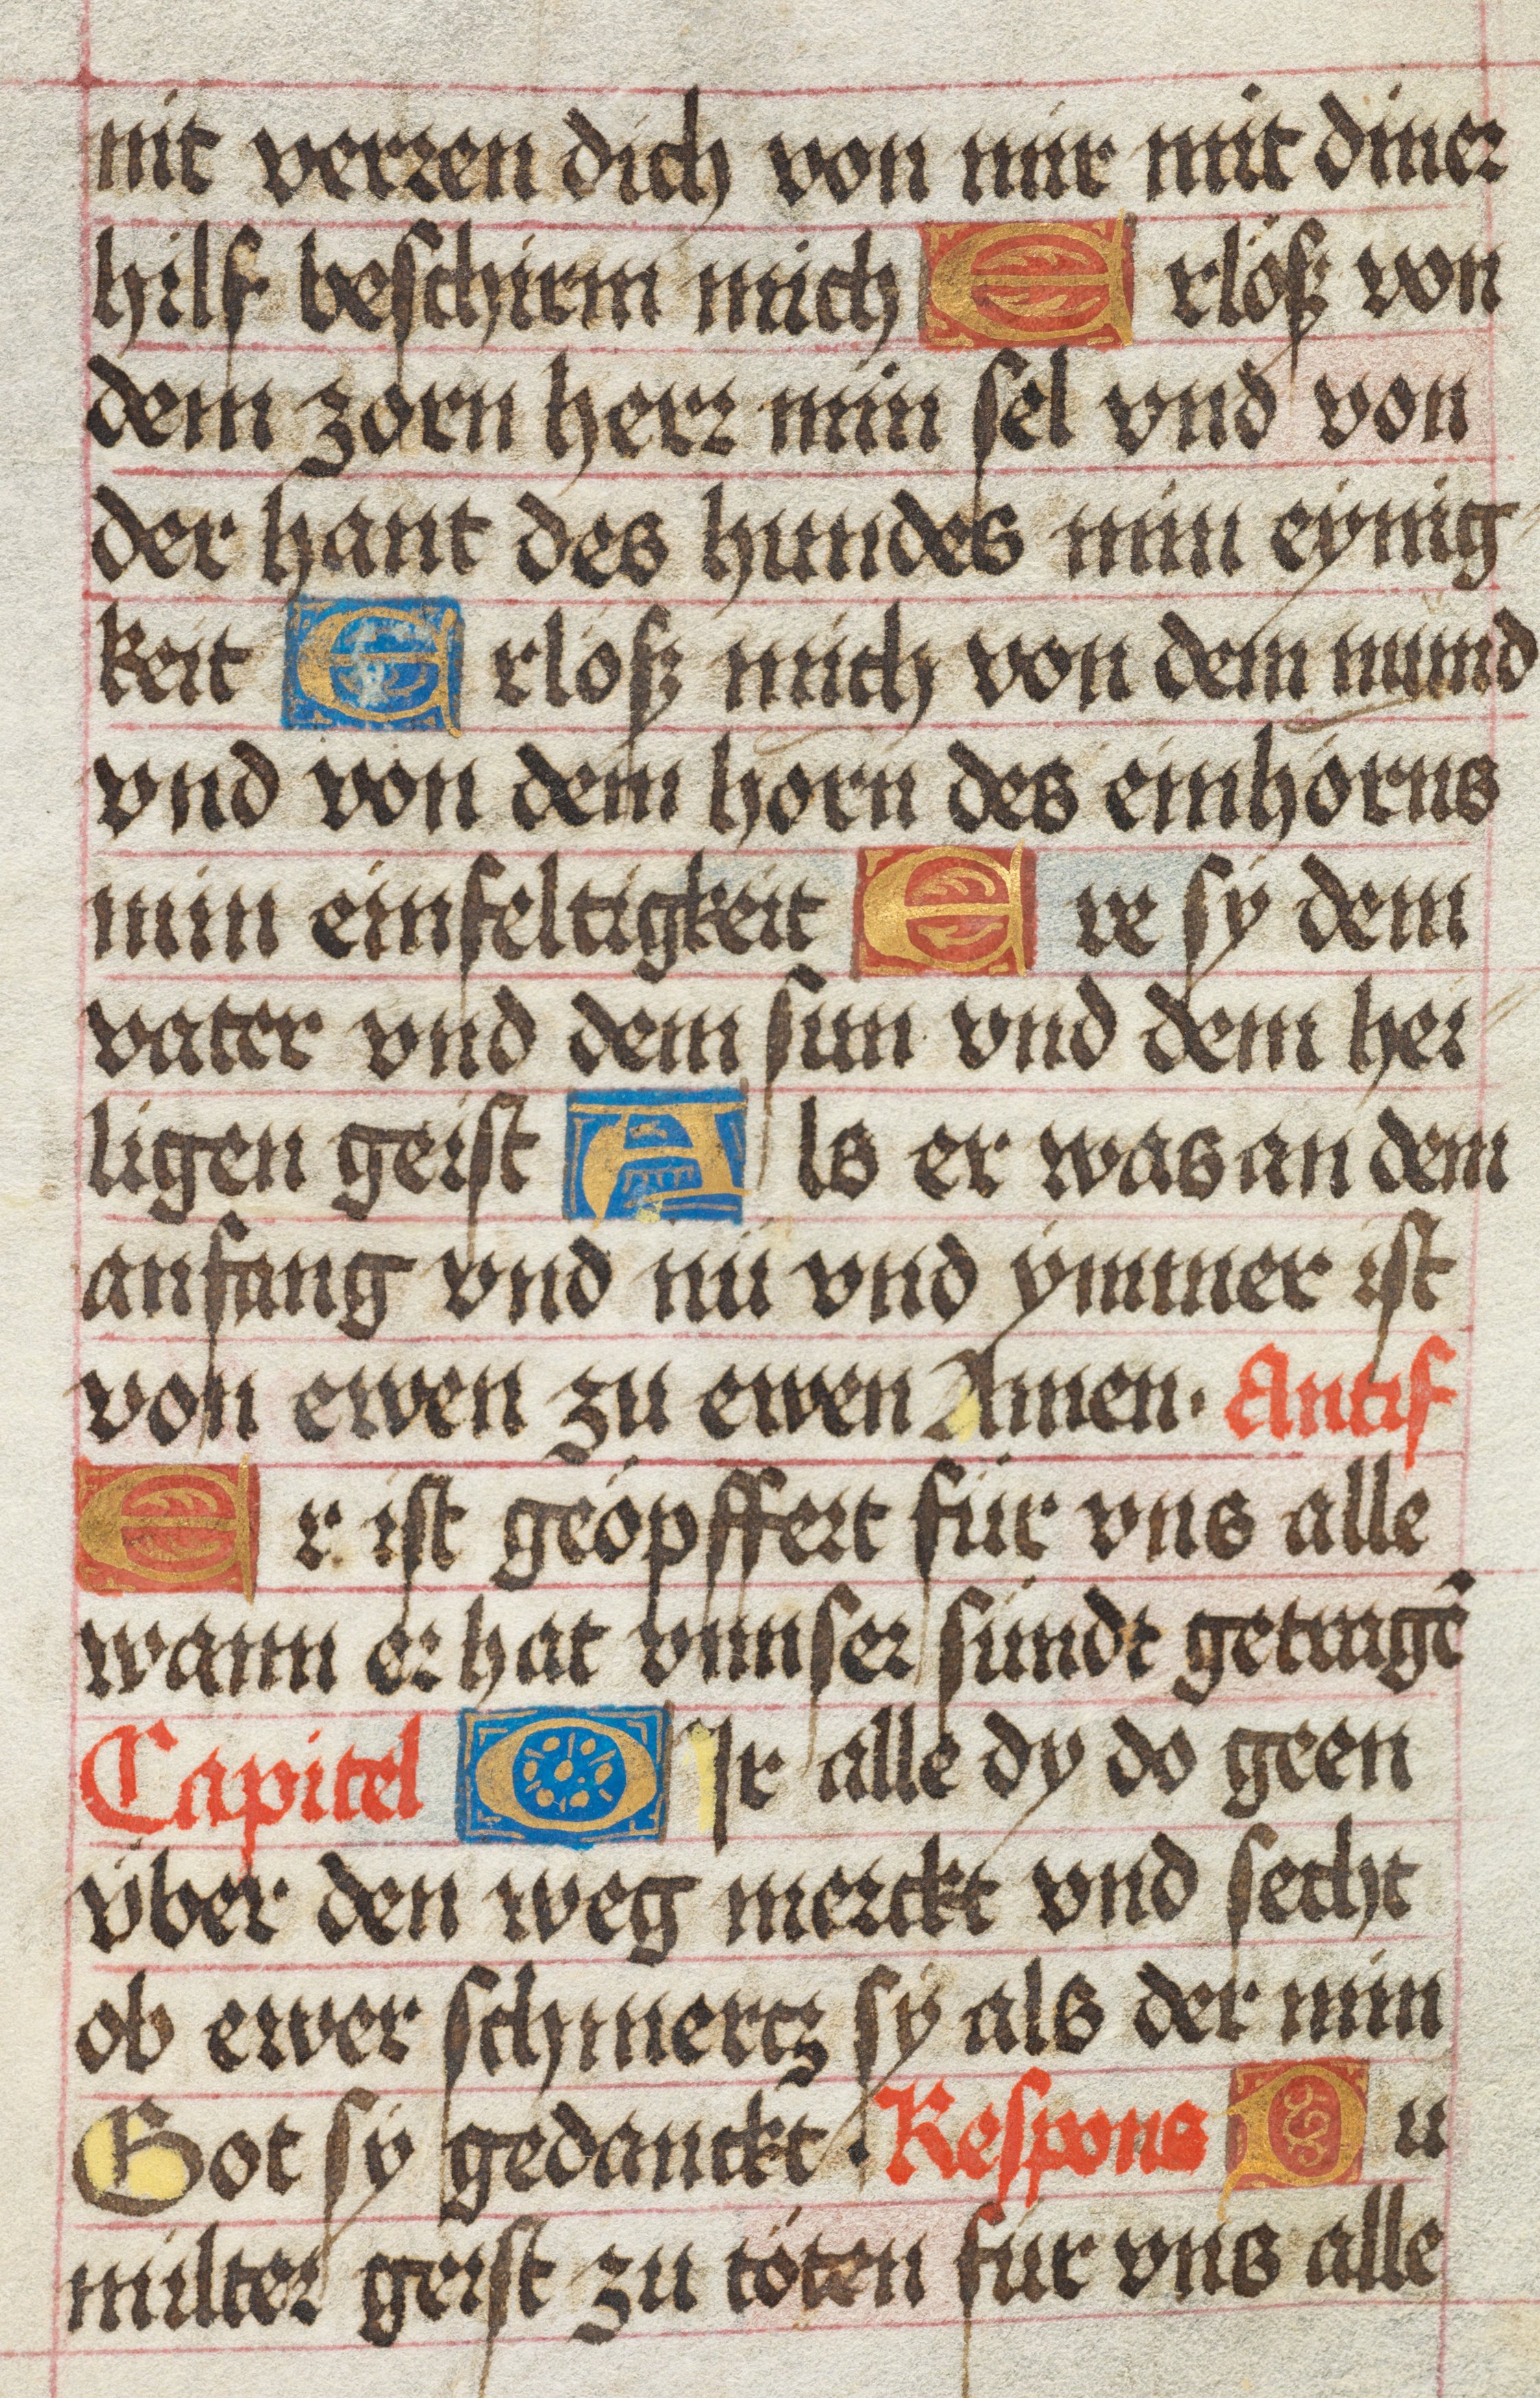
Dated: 1475–1499